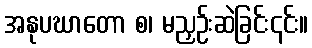
အနုပဃာတော စ၊ မညှဉ်းဆဲခြင်း၎င်း။